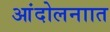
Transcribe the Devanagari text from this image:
आंदोलनाात